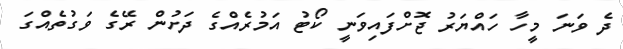
ދެ ވަނަ މީހާ ހައްޔަރު ޖޮށްފައިވަނީ ކޯޓު އަމުރެއްގެ ދަށުން ރޭގެ ވަގުތެއްގަ